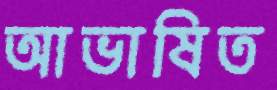
আভাষিত